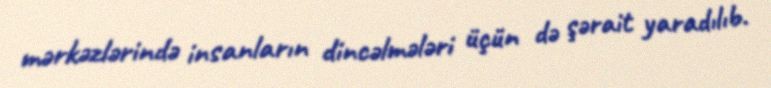
mərkəzlərində insanların dincəlmələri üçün də şərait yaradılıb.